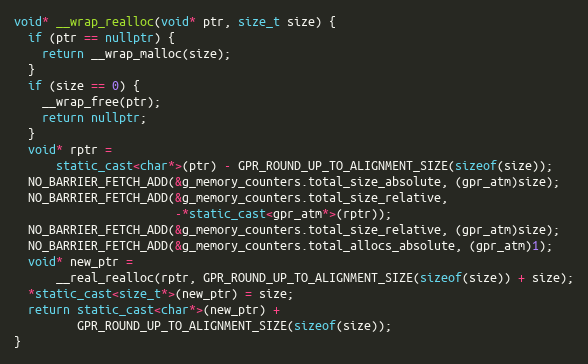
Language: C++
void* __wrap_realloc(void* ptr, size_t size) {
  if (ptr == nullptr) {
    return __wrap_malloc(size);
  }
  if (size == 0) {
    __wrap_free(ptr);
    return nullptr;
  }
  void* rptr =
      static_cast<char*>(ptr) - GPR_ROUND_UP_TO_ALIGNMENT_SIZE(sizeof(size));
  NO_BARRIER_FETCH_ADD(&g_memory_counters.total_size_absolute, (gpr_atm)size);
  NO_BARRIER_FETCH_ADD(&g_memory_counters.total_size_relative,
                       -*static_cast<gpr_atm*>(rptr));
  NO_BARRIER_FETCH_ADD(&g_memory_counters.total_size_relative, (gpr_atm)size);
  NO_BARRIER_FETCH_ADD(&g_memory_counters.total_allocs_absolute, (gpr_atm)1);
  void* new_ptr =
      __real_realloc(rptr, GPR_ROUND_UP_TO_ALIGNMENT_SIZE(sizeof(size)) + size);
  *static_cast<size_t*>(new_ptr) = size;
  return static_cast<char*>(new_ptr) +
         GPR_ROUND_UP_TO_ALIGNMENT_SIZE(sizeof(size));
}